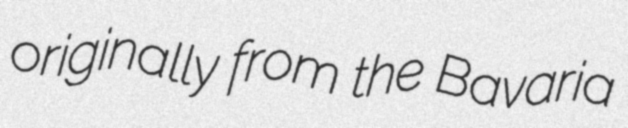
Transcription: originally from the Bavaria